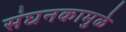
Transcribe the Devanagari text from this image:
संघनकामुळे